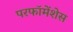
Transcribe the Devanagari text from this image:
परफॉमेंशेस